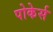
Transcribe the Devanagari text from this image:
पोकेर्स